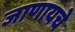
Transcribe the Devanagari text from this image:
जाणायचे